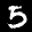
Label: 5